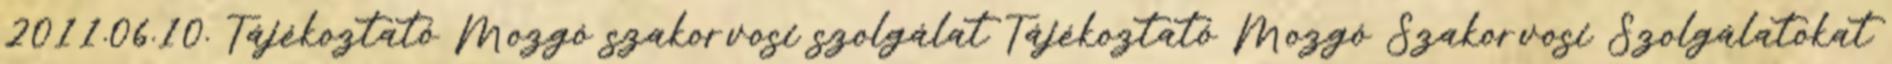
2011.06.10. Tájékoztató Mozgó szakorvosi szolgálat Tájékoztató Mozgó Szakorvosi Szolgálatokat